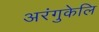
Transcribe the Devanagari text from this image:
अरंगुकेलि